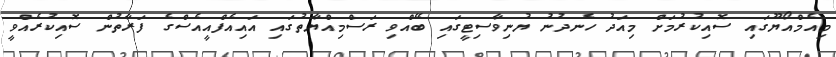
މިއެމްއޯޔޫގައި ސޮއިކުރުމަށް މިއަދު ހެނދުނު ޔުނިވާސިޓީގައި ބޭއްވި ރަސްމިއްޔާތުގައި އައިއެފްއީއެސްގެ ފަރާތުން ސޮއިކުރެއްވީ